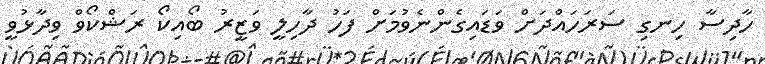
ހާދިސާ ހިނގި ސަރަހައްދަށް ވަޑައިގެންނެވުމަށް ފަހު ދާހިލީ ވަޒީރު ބޯއިކޯ ރަޝްކޯވް ވިދާޅުވީ